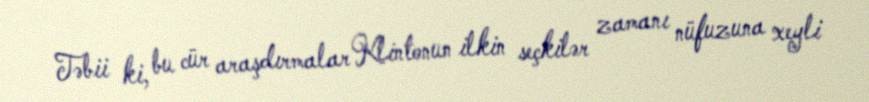
Təbii ki, bu cür araşdırmalar Klintonun ilkin seçkilər zamanı nüfuzuna xeyli